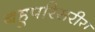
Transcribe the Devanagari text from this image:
बहुपरिसरीय